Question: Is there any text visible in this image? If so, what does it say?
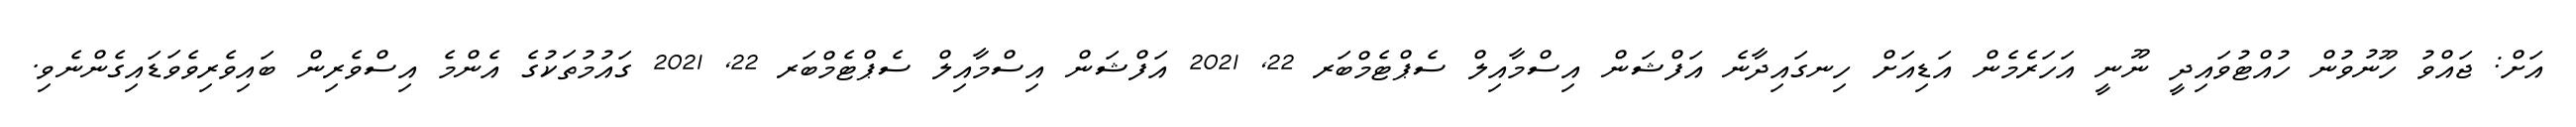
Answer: އަށް: ޖައްވު ހޫނުވުން ހުއްޓުވައިދީ ނޫނީ އަހަރެމެން އަޑިއަށް ހިނގައިދާނެ އަފްޝަން އިސްމާއިލް ސެޕްޓެމްބަރ 22, 2021 އަފްޝަން އިސްމާއިލް ސެޕްޓެމްބަރ 22, 2021 ގައުމުތަކުގެ އެންމެ އިސްވެރިން ބައިވެރިވެވަޑައިގެންނެވި.